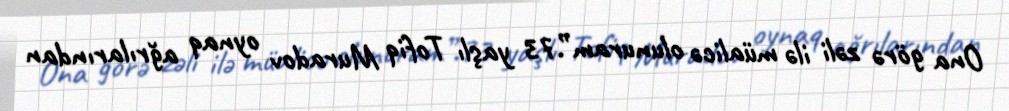
Ona görə zəli ilə müalicə olunuram”.73 yaşlı Tofiq Muradov oynaq ağrılarından